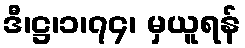
ဒီ၊ဋ္ဌ၊၁၊၇၄၊ မှယူရန်